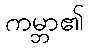
ကမ္ဘာ၏